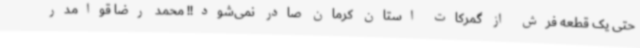
حتی یک قطعه فرش از گمرکات استان کرمان صادر نمی‌شود!! محمد رضا قوامدر